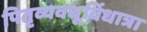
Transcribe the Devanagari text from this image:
पितृव्यवधूर्विधात्रा